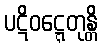
ပဋိဝဋ္ဋေတုန္တိ